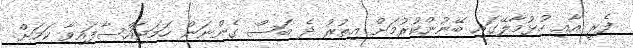
ފެރީ އާއި ހުޅުމާލޭގައި ބޭނުންކުރުމަށް އިތުރު ދެ ބަސް ގެންނަން ހަމަޖައްސާފައިވާ ކަމަށް